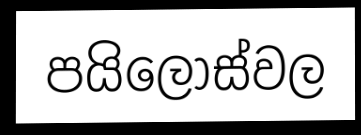
පයිලොස්වල